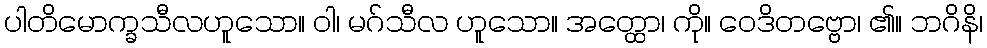
ပါတိမောက္ခသီလဟူသော။ ဝါ၊ မဂ်သီလ ဟူသော။ အတ္ထော၊ ကို။ ဝေဒိတဗ္ဗော၊ ၏။ ဘဂိနိ၊